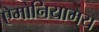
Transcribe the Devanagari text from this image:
ऐमोनियामय